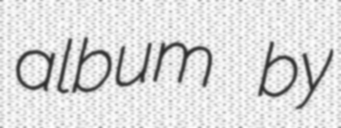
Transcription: album by